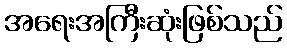
အရေးအကြီးဆုံးဖြစ်သည်